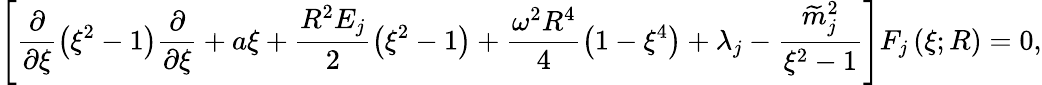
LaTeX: \left[\frac{\partial}{\partial\xi}\left(\xi^{2}-1\right)\frac{\partial}{\partial\xi}+a\xi+\frac{R^{2}E_{j}}{2}\left(\xi^{2}-1\right)+\frac{\omega^{2}R^{4}}{4}\left(1-\xi^{4}\right)+\lambda_{j}-\frac{\widetilde{m}_{j}^{2}}{\xi^{2}-1}\right]F_{j}\left(\xi;R\right)=0,